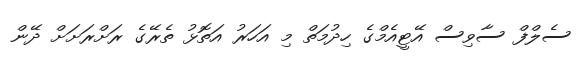
ސެލްފް ސާވިސް އޭޓީއެމްގެ ހިދުމަތް މި އަހަރު އަތޮޅު ތެރޭގެ ރަށްރަށަށް ދޭން